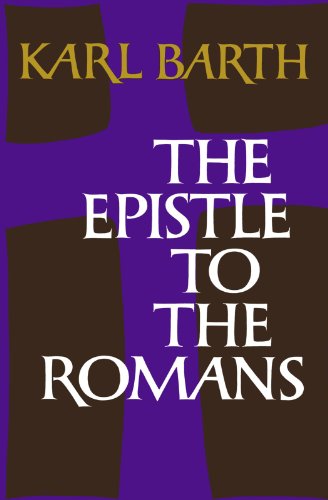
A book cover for The Epistle to the Romans; Karl Barth; Christian Books & Bibles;